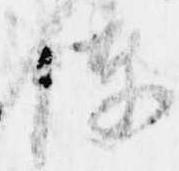
諫